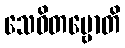
သေဝိတဗ္ဗောတိ